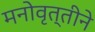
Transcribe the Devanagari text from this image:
मनोवृत्तीने